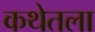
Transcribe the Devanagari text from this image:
कथेतला